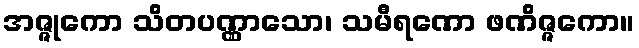
အဇ္ဇုကော သိတပဏ္ဏာသော၊ သမီရဏော ဖဏိဇ္ဇကော။